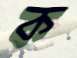
ক